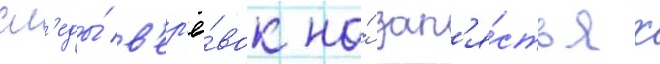
сл'еды́ в'ер'ё́вок на́ зап'я́стьях